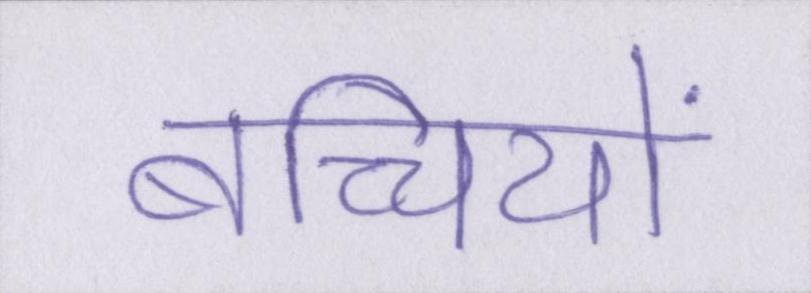
बच्चियों